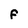
Character: F